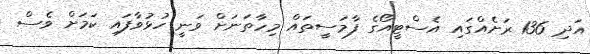
އަދި 136 ރަށެއްގައި އެސްޓީއޯގެ ފާމަސީތައް މިހާތަނަށް ވަނީ ހުޅުވާފައި ކަމަށް ވެސް